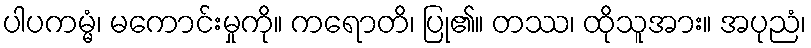
ပါပကမ္မံ၊ မကောင်းမှုကို။ ကရောတိ၊ ပြု၏။ တဿ၊ ထိုသူအား။ အပုညံ၊